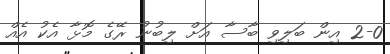
2-0 އިން ބަލިވި ބާސާ އަށް ލިބުނު ރޭގެ މޮޅާ އެކު އެއް